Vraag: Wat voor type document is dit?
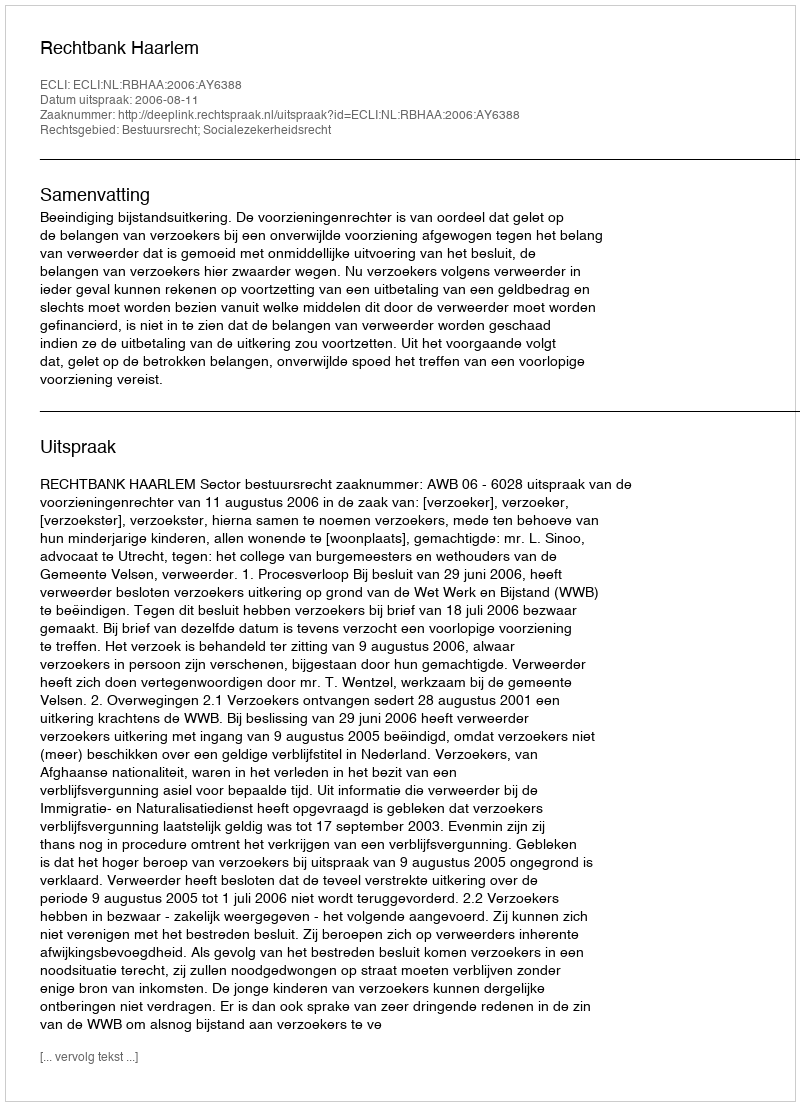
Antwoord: Uitspraak